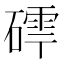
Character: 𮀽